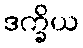
ဒက္ခိယ